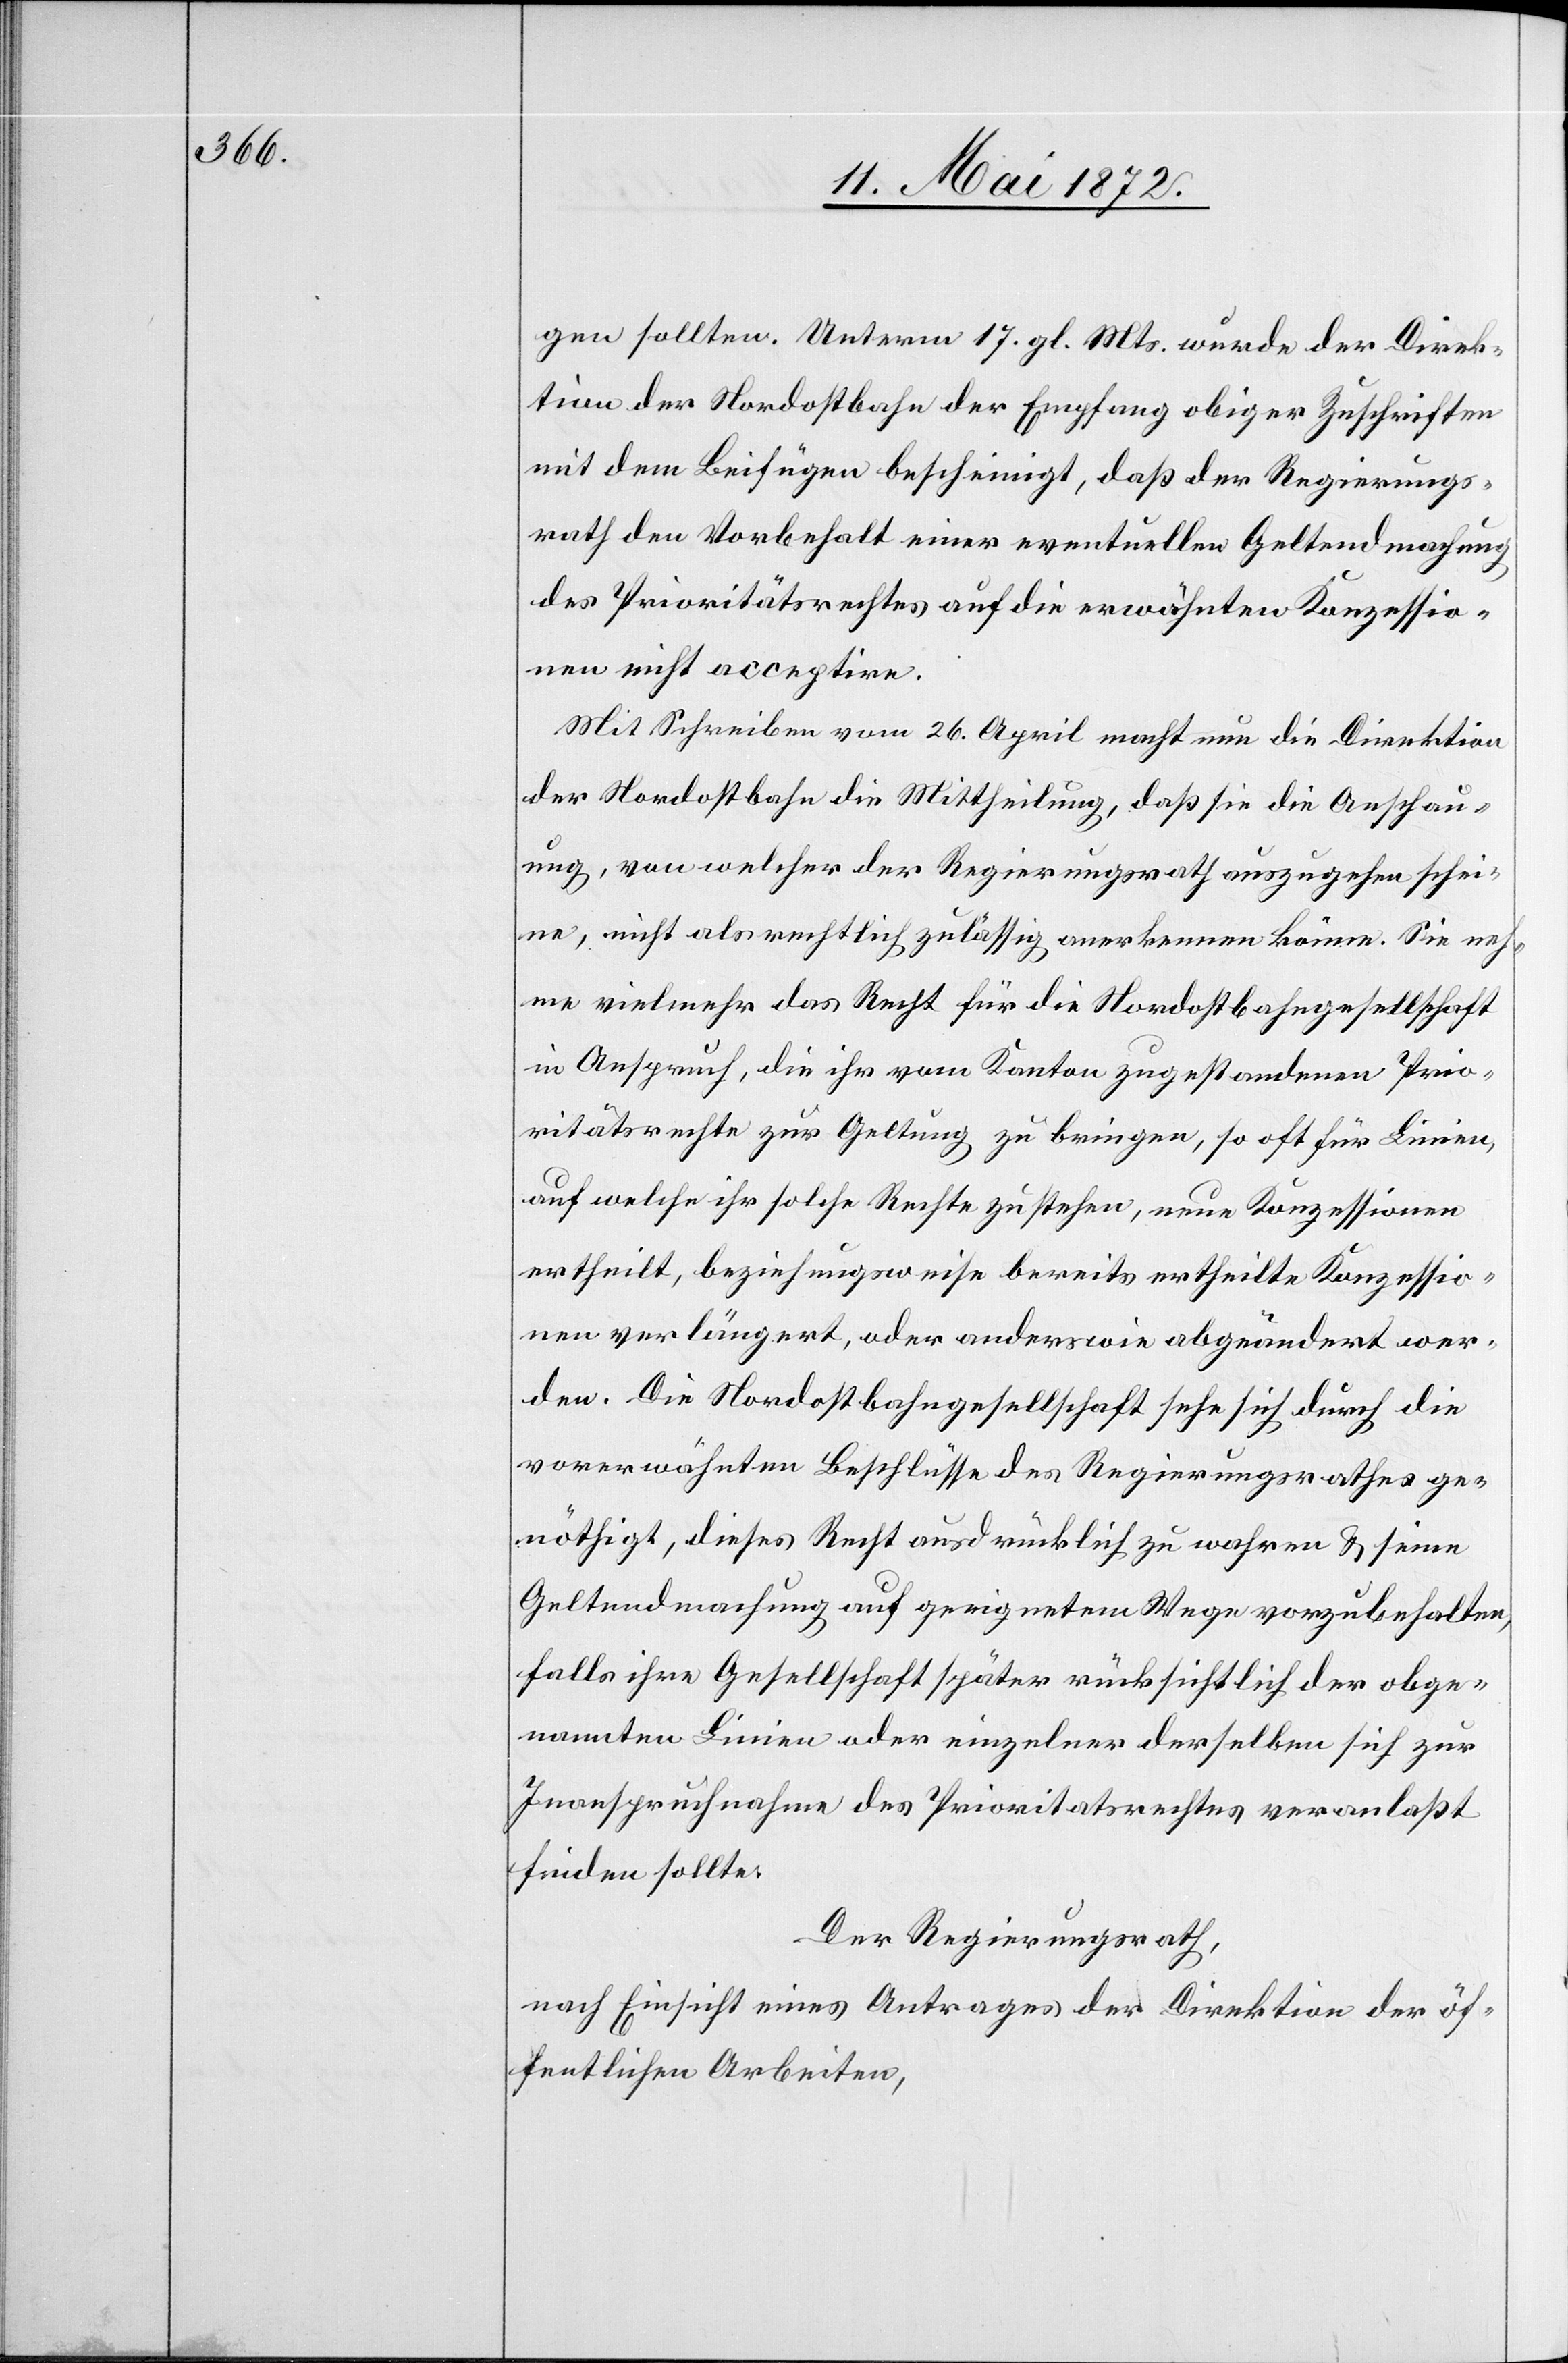
gen sollten. Unterm 17. gl. Mts. werde der Direk¬
tion der Nordostbahn der Empfang obiger Zuschriften
mit dem Beifügen bescheinigt, daß der Regierungs¬
rath den Vorbehalt einer eventuellen Geltendmachung
des Prioritätsrechtes auf die erwähnten Konzessio¬
nen nicht acceptire.
Mit Schreiben vom 26. April macht nun die Direktion
der Nordostbahn die Mittheilung, daß sie die Anschau¬
ung, von welcher der Regierungsrath auszugehen schei¬
ne, nicht als rechtlich zulässig anerkennen könne. Sie neh¬
me vielmehr das Recht für die Nordostbahngesellschaft
in Anspruch, die ihr vom Kanton zugestandenen Prio¬
ritätsrechte zur Geltung zu bringen, so oft für Linien,
auf welche ihr solche Rechte zustehen, neue Konzessionen
ertheilt, beziehungsweise bereits ertheilte Konzessio¬
nen verlängert, oder anderswie abgeändert wer¬
den. Die Nordostbahngesellschaft sehe sich durch die
vorerwähnten Beschlüsse des Regierungsrathes ge¬
nöthigt, dieses Recht ausdrücklich zu wahren u. seine
Geltendmachung auf geeignetem Wege vorzubehalten,
falls ihre Gesellschaft später rücksichtlich der obge¬
nannten Linien oder einzelner derselben sich zur
Inanspruchnahme des Prioritätsrechtes veranlaßt
finden sollte.
Der Regierungsrath,
nach Einsicht eines Antrages der Direktion der öf¬
fentlichen Arbeiten,